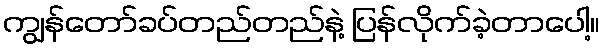
ကျွန်တော်ခပ်တည်တည်နဲ့ ပြန်လိုက်ခဲ့တာပေါ့။